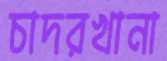
চাদরখানা